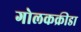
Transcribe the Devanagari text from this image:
गोलकक्रीडा